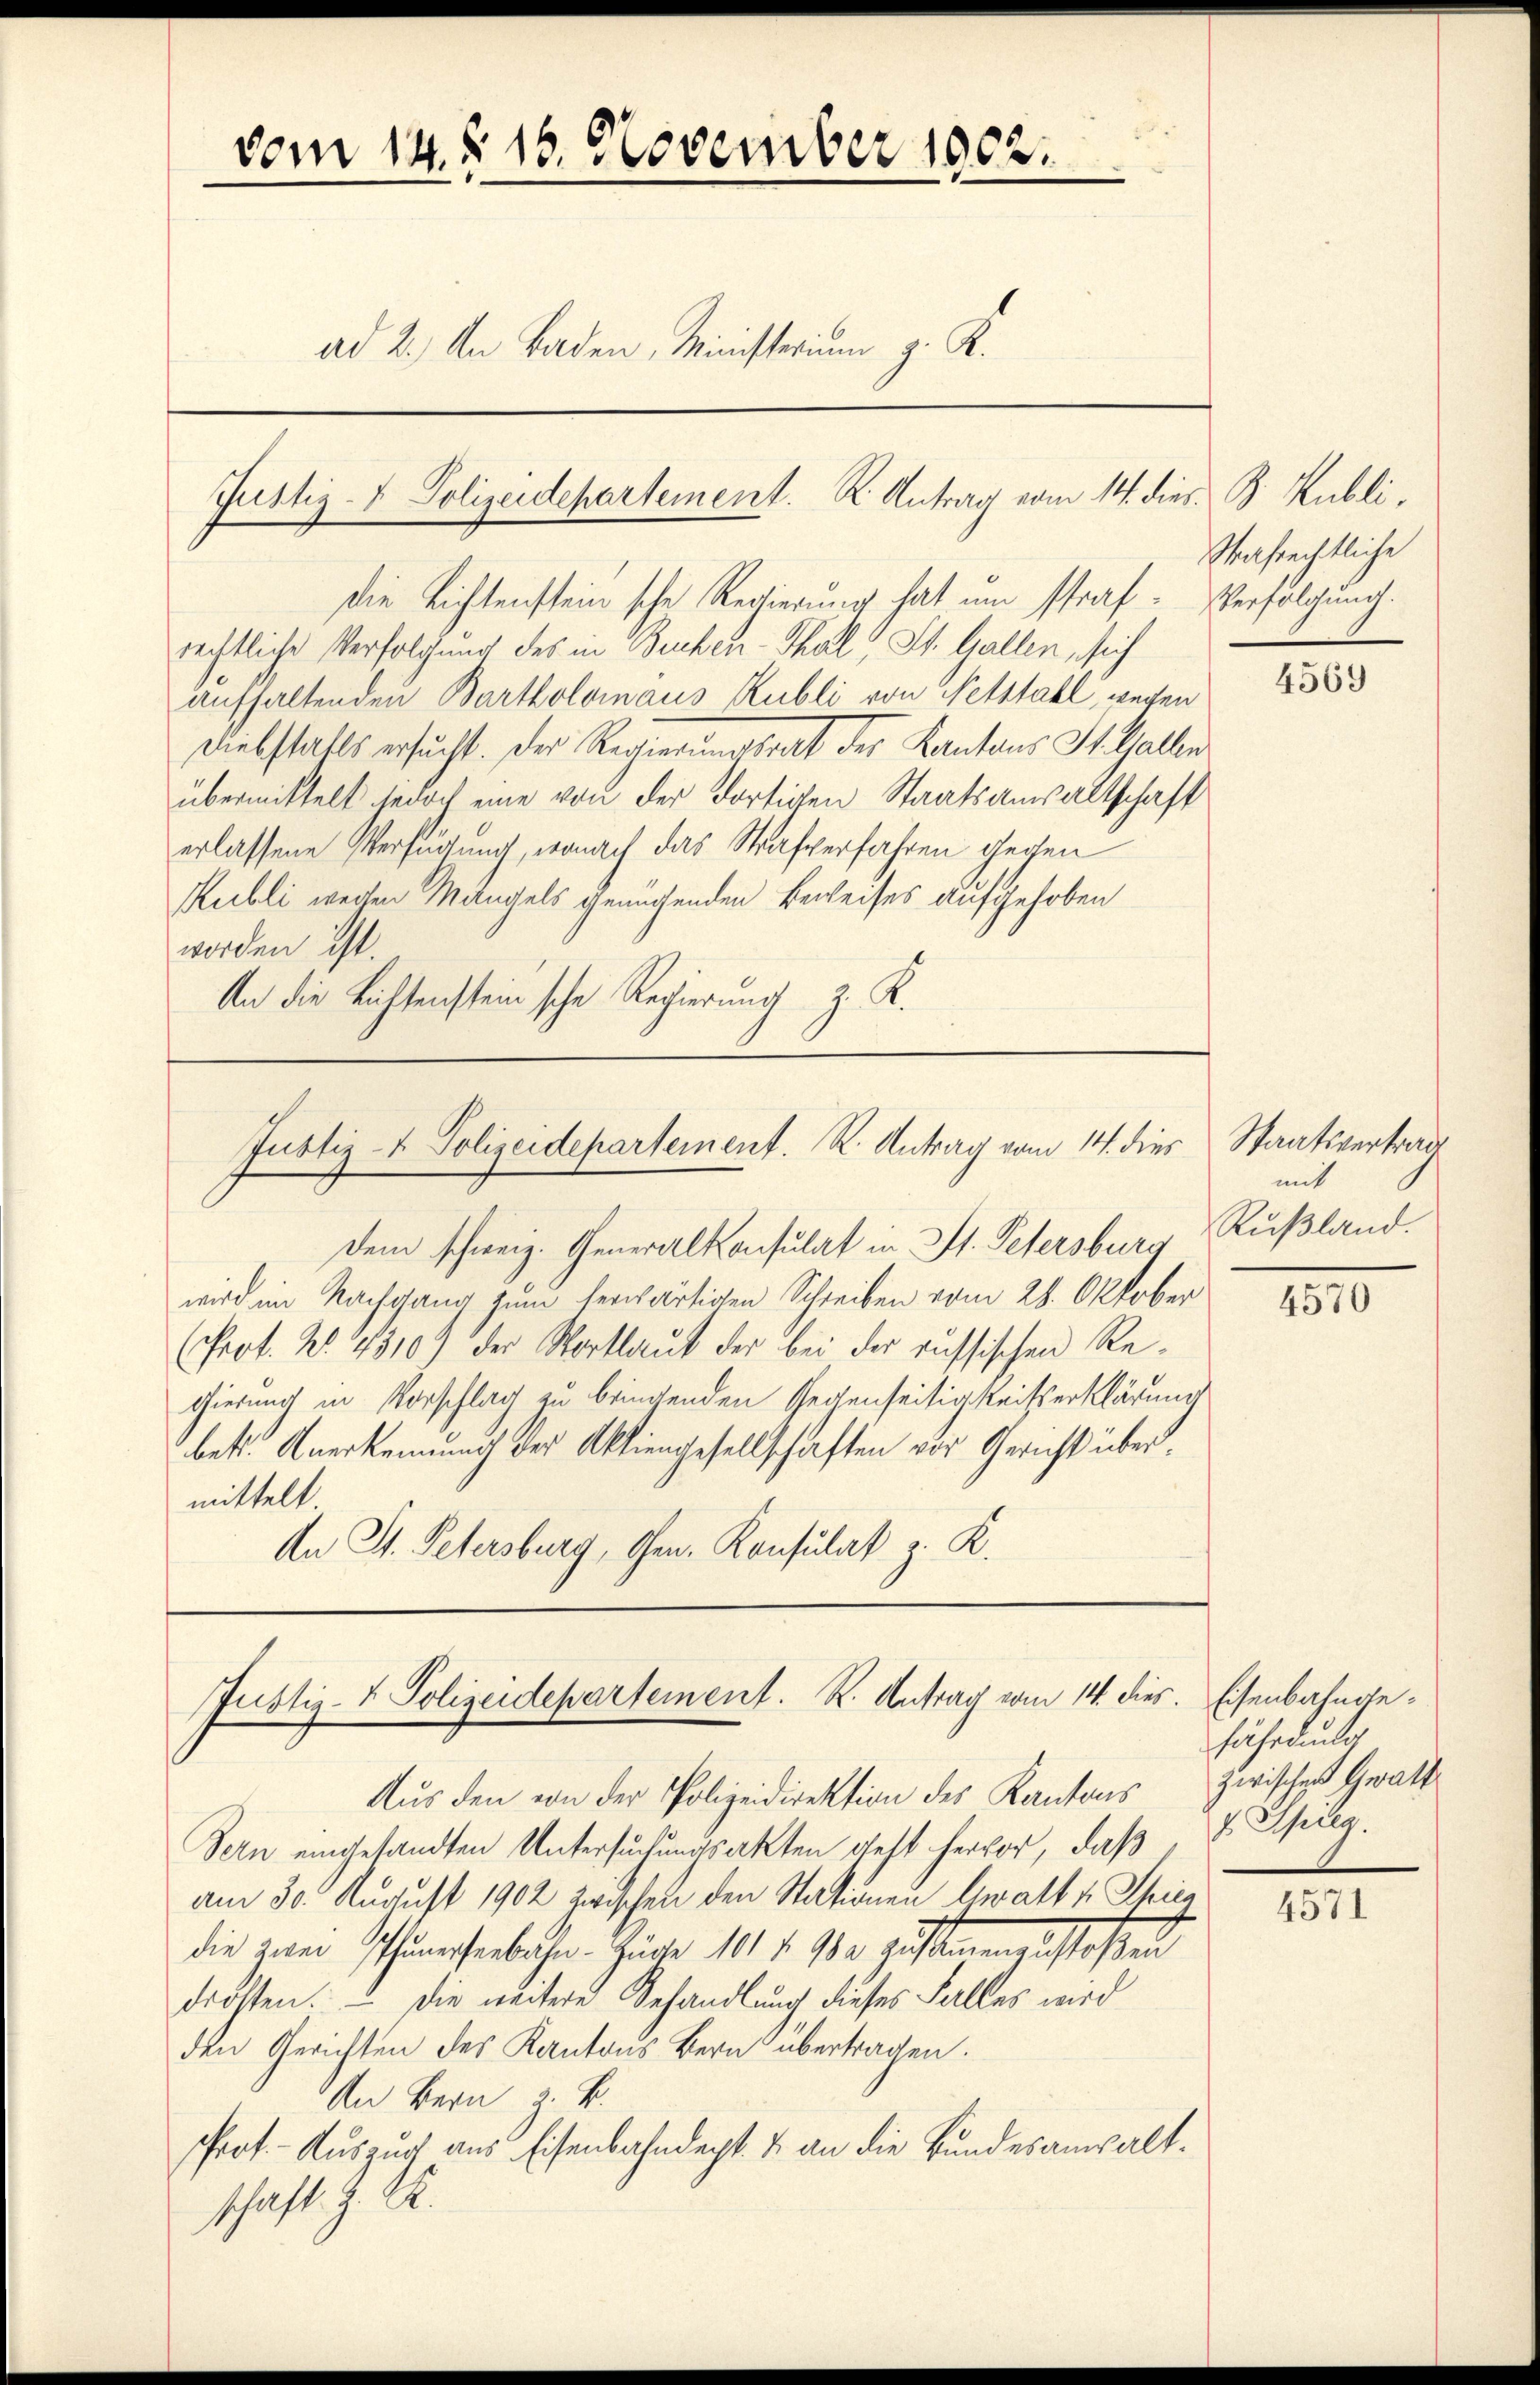
vom 14. § 16. November 1902.
ad 2.) An Baden, Ministerium g. K.

Justiz- & Polizeidepartement. K. Antrag vom 14. dies B. Kubli,

die Lichtensteinsche Regierung hat um straf- Verfolgung.
rechtliche Verfolgung des in Benken-Thal, St. Gallen, sich
aufhaltenden Bartholomaus Rubli von Nebstahl, wegen
Diebstatts ersucht. Der Regierungsrat der Kantons St. Gallen
übermittelt jedoch eine von der dortigen Staatsanwaltschaft
erlassene Verfügung, wonach das Strafverfahren gegen
Kubli wegen Mangels genügenden Beweises aufgehoben
worden ist.
An die Lichtensteinsche Regierung z. R.

Justiz- & Polizeidepartement. K. Antrag vom 14. dies
dem schweiz. Generalkonsulat in St. Petersburg, Rußland.

wird im Nachgang zum herwärtigen Schreiben vom 28. Oktober
(Prot. No. 4310) der Wortlaut der bei der russischen Regierung in Vorschlag zu bringenden Gegenseitigkeitserklärung
betr. Anerkennung der Aktiengesellschaften vor Gericht übermittelt
An St. Petersburg, Ofen. Konsulat z. K.

Justiz- & Polizeidepartement. K. Antrag vom 14. dies. Eisenbahnge¬

Aus den von der Polizeidirektion des Kantons zwischen Gratt
Sern eingesandten Untersuchungsakten gelt hervor, daß
am 30. August 1902 zwischen den Stationen beratt u. Thier
die aner Schönessenbüche. Gute 101 f. 100 zustimmengestoßen
drosten. – Die weitere Behandlung dieses Falles wird
den Gerichten des Kantons Bern übertragen.
An Bern z. B.
Prot. - Auszug aus Eisenbahndept. & an die Bundesanwaltschaft. Z. R.

Strafrechtliche

4569

Staatsvertrage
mit

4570

fährdunker
J. Spieg.

4571